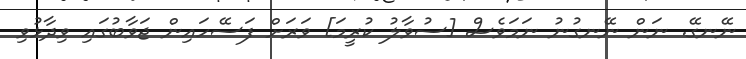
ނޭނގޭ. ނަން ނޭނގުނު ނަމަވެސް [ސުވާލު ކުރީމަ] ވަރަށް ފަސޭހައިން ޖަވާބުގައި ވިދާޅުވި